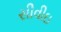
સીવીઇ